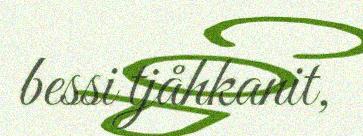
bessi tjåhkanit,